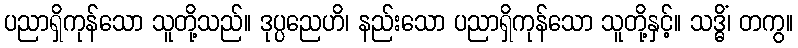
ပညာရှိကုန်သော သူတို့သည်။ ဒုပ္ပညေဟိ၊ နည်းသော ပညာရှိကုန်သော သူတို့နှင့်။ သဒ္ဓိံ၊ တကွ။